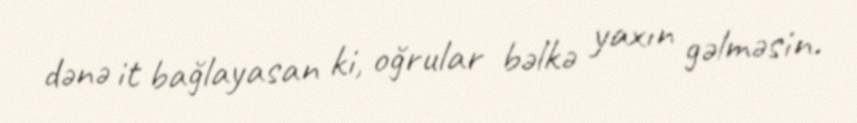
dənə it bağlayasan ki, oğrular bəlkə yaxın gəlməsin.